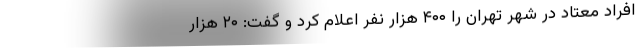
افراد معتاد در شهر تهران را ۴۰۰ هزار نفر اعلام کرد و گفت: ۲۰ هزار